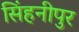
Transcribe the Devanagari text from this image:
सिंहनीपुर